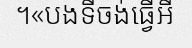
។«បងទីចង់ធ្វើអី